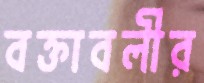
বক্তাবলীর